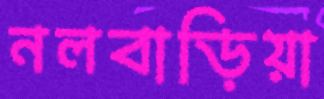
নলবাড়িয়া